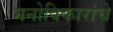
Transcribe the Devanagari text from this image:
मनोविकारांचे